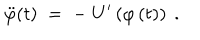
\ddot { \varphi } ( t ) \; = \; - \; U ^ { \prime } \left( \varphi \left( t \right) \right) ~ .